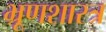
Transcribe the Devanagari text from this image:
भ्रूणशास्त्र